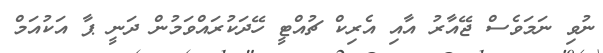
ނުވި ނަމަވެސް ޖޭއާރު އާއި އެރިކް ޗުއްޓީ ހޭދަކުރައްވަމުން ދަނީ ޕާ އަކުއަމް